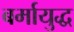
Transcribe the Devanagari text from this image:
बर्मायुद्ध